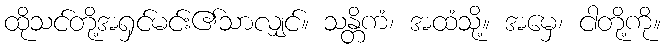
ထိုသင်တို့အရှင်မင်း၏သာလျှင်။ သန္တိကံ၊ အထံသို့။ အမှေ၊ ငါတို့ကို။